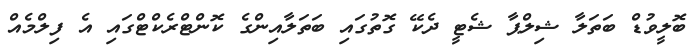
ބޮލީވުޑް ބަތަލާ ޝިލްޕާ ޝެޓީ ދެކޭ ގޮތުގައި ބަތަލާއިންގެ ކޮންޓްރެކްޓްގައި އެ ފިލްމެއް